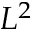
L ^ { 2 }